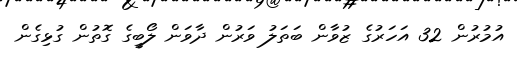
އުމުރުން 32 އަހަރުގެ ޒުވާން ބަތަލު ވަރުން ދާވަން ލޯބީގެ ގޮތުން ގުޅިގެން